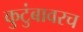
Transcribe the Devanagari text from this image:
कुटुंबावरच